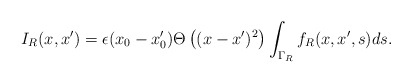
\begin{align*}I_R(x,x')=\epsilon(x_0-x'_0)\Theta\left((x-x')^2\right)\int_{\Gamma_R}f_R(x,x',s)ds.\end{align*}